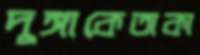
দুঙ্গাকেতাকা